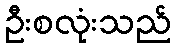
ဦးစလုံးသည်